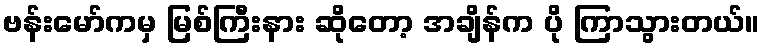
ဗန်းမော်ကမှ မြစ်ကြီးနား ဆိုတော့ အချိန်က ပို ကြာသွားတယ်။